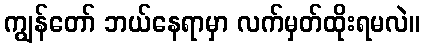
ကျွန်တော် ဘယ်နေရာမှာ လက်မှတ်ထိုးရမလဲ။